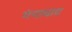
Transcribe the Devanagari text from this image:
गंगाघाट